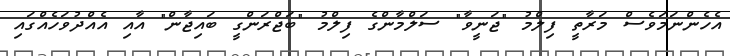
އެހެންނަމަވެސް މަރާތީ ފިލްމު "ޖަނީވާ" ސަލްމާންގެ ފިލްމު "ބަޖްރަންގީ ބައިޖާން" އާއި އެއްދުވަހެއްގައި